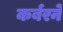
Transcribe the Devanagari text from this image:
कर्बरने